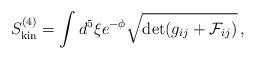
LaTeX: \begin{align*} S^{(4)}_{{\rm kin}} = \int d^5\xi e^{-\phi}\sqrt{\det(g_{ij}+{\cal F}_{ij})}\,,\end{align*}